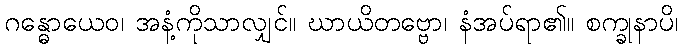
ဂန္ဓောယေဝ၊ အနံ့ကိုသာလျှင်။ ဃာယိတဗ္ဗော၊ နံအပ်ရာ၏။ စက္ခုနာပိ၊